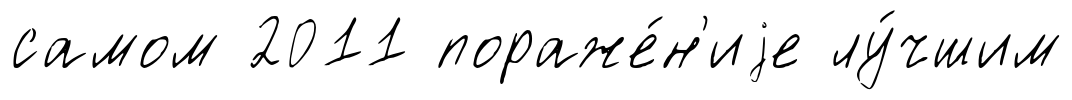
самом 2011 пораже́н'иjе лу́чшим